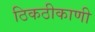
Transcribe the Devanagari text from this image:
ठिकठीकाणी